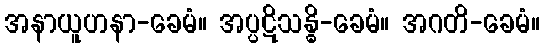
အနာယူဟနာ-ခေမံ။ အပ္ပဋိသန္ဓိ-ခေမံ။ အဂတိ-ခေမံ။